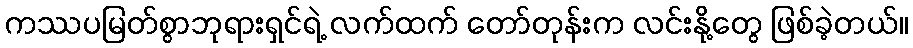
ကဿပမြတ်စွာဘုရားရှင်ရဲ့ လက်ထက် တော်တုန်းက လင်းနို့တွေ ဖြစ်ခဲ့တယ်။